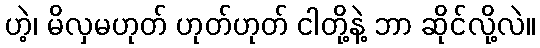
ဟဲ့၊ မိလှမဟုတ် ဟုတ်ဟုတ် ငါတို့နဲ့ ဘာ ဆိုင်လို့လဲ။